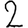
Digit: 2